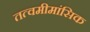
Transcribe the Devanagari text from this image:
तत्वमीमांसिक